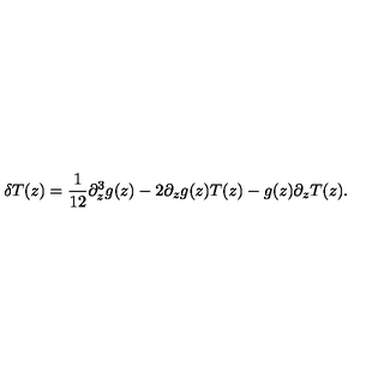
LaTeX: \delta T ( z ) = \frac { 1 } { 1 2 } \partial _ { z } ^ { 3 } g ( z ) - 2 \partial _ { z } g ( z ) T ( z ) - g ( z ) \partial _ { z } T ( z ) .